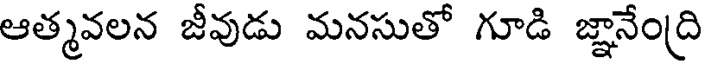
ఆత్మవలన జీవుడు మనసుతో గూడి జ్ఞానేంద్రి